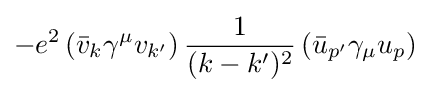
-e^{2}\left({\bar {v}}_{k}\gamma ^{\mu }v_{k'}\right){\frac {1}{(k-k')^{2}}}\left({\bar {u}}_{p'}\gamma _{\mu }u_{p}\right)